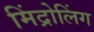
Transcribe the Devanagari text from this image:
मिंद्रोलिंग